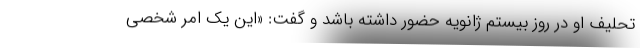
تحلیف او در روز بیستم ژانویه حضور داشته باشد و گفت: «این یک امر شخصی